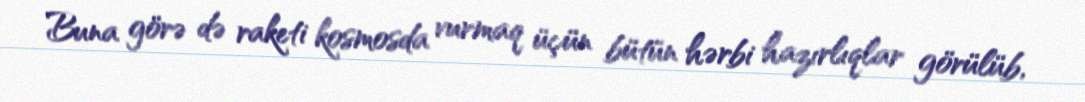
Buna görə də raketi kosmosda vurmaq üçün bütün hərbi hazırlıqlar görülüb,